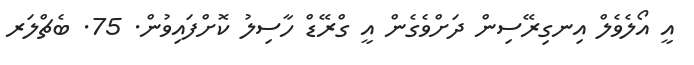
އީ އޯލެވެލް އިނގިރޭސިން ދަށްވެގެން އީ ގްރޭޑް ހާސިލު ކޮށްފައިވުން. 75. ބެޗްލަރ